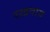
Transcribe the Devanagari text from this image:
रखवाय